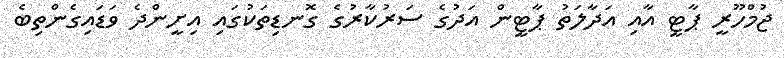
ޖުމްހޫރީ ޕާޓީ އާއި އަދާލަތު ޕާޓީން އަދުގެ ސަރުކާރުގެ ގޮނޑިތަކުގައި އިށީންދެ ވަޑައިގެންތިބެ